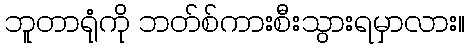
ဘူတာရုံကို ဘတ်စ်ကားစီးသွားရမှာလား။